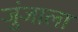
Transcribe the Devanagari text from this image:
जुंजाला